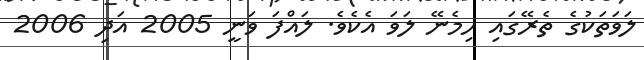
ލަވަތަކުގެ ތެރޭގައި ހިމެނޭ ލަވަ އެކެވެ. ލައްފަ ވަނީ 2005 އަަދި 2006